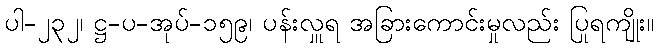
ပါ-၂၃၂၊ ဋ္ဌ-ပ-အုပ်-၁၅၉၊ ပန်းလှူရ အခြားကောင်းမှုလည်း ပြုရကျိုး။